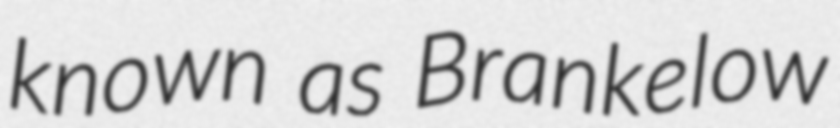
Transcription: known as Brankelow